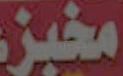
مخبز